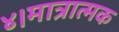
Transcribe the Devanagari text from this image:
४।मात्रात्मक